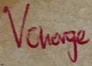
Text: Vcharge